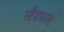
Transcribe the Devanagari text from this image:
स्टैंडफास्ट